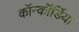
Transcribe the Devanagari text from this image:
कॉन्कॉर्डिया